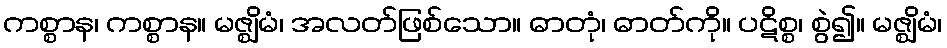
ကစ္စာန၊ ကစ္စာန။ မဇ္ဈိမံ၊ အလတ်ဖြစ်သော။ ဓာတုံ၊ ဓာတ်ကို။ ပဋိစ္စ၊ စွဲ၍။ မဇ္ဈိမံ၊